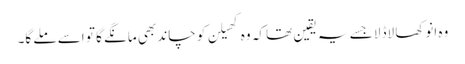
وہ انوکھا لاڈلا جسے یہ یقین تھا کہ وہ کھیلن کو چاند بھی مانگے گا تو اسے ملے گا۔